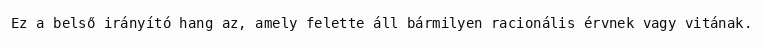
Ez a belső irányító hang az, amely felette áll bármilyen racionális érvnek vagy vitának.